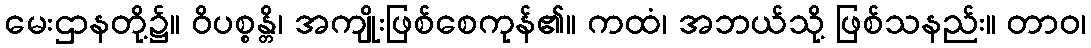
မေးဌာနတို့၌။ ဝိပစ္စန္တိ၊ အကျိုးဖြစ်စေကုန်၏။ ကထံ၊ အဘယ်သို့ ဖြစ်သနည်း။ တာဝ၊